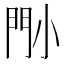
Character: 𡮉